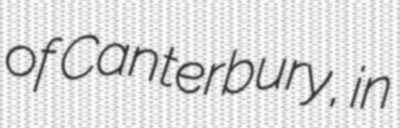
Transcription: of Canterbury, in